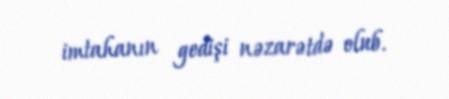
imtahanın gedişi nəzarətdə olub.